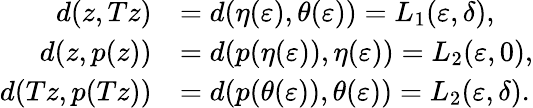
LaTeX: \begin{array}{rl}{d(z,Tz)}&{=d(\eta(\varepsilon),\theta(\varepsilon))=L_{1}(\varepsilon,\delta),}\\ {d(z,p(z))}&{=d(p(\eta(\varepsilon)),\eta(\varepsilon))=L_{2}(\varepsilon,0),}\\ {d(Tz,p(Tz))}&{=d(p(\theta(\varepsilon)),\theta(\varepsilon))=L_{2}(\varepsilon,\delta).}\end{array}